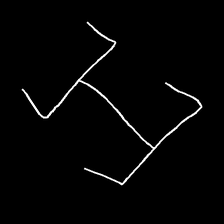
Glyph: entwine